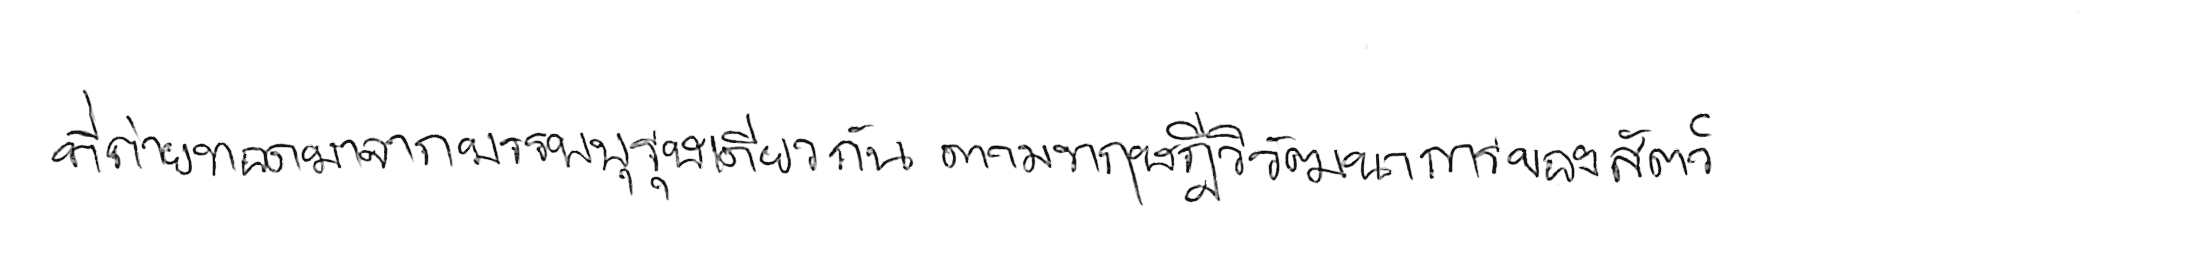
ที่ถ่ายทอดมาจากบรรพบุรุษเดียวกัน ตามทฤษฎีวิวัฒนาการของสัตว์